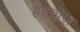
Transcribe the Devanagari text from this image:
हरचीज़